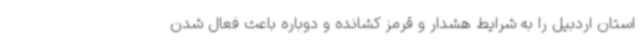
استان اردبیل را به شرایط هشدار و قرمز کشانده و دوباره باعث فعال شدن